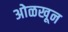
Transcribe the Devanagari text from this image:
अोळखून